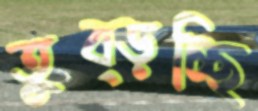
তুব্‌ড়চ্ছি